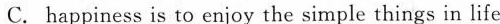
C. happiness is to enjoy the simple things in life